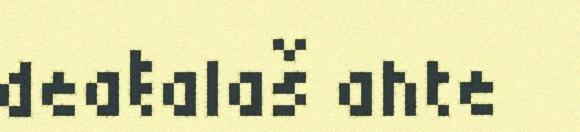
deaŧalaš ahte